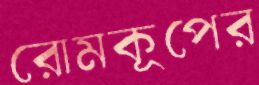
রোমকূপের